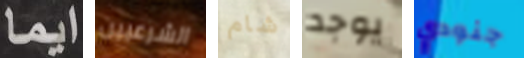
ايما الشرعيين شام يوجد جنودي